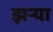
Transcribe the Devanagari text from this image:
झऱ्या